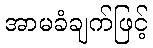
အာမခံချက်ဖြင့်